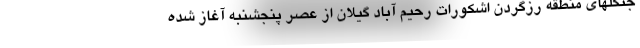
جنگلهای منطقه رزگردن اشکورات رحیم آباد گیلان از عصر پنجشنبه آغاز شده